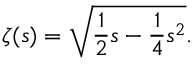
\zeta ( s ) = \sqrt { \frac { 1 } { 2 } s - \frac { 1 } { 4 } s ^ { 2 } } .